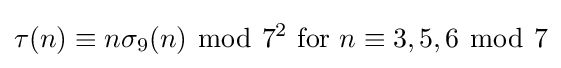
\tau (n)\equiv n\sigma _{9}(n)\ {\bmod {\ }}7^{2}{\text{ for }}n\equiv 3,5,6\ {\bmod {\ }}7